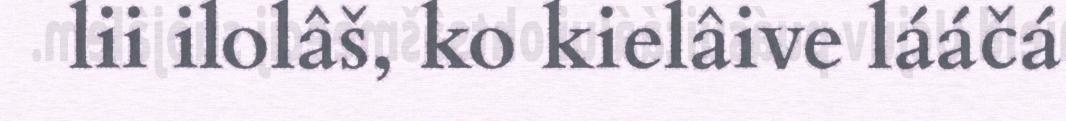
lii ilolâš, ko kielâive lááčá